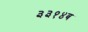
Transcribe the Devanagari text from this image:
३३१४ब